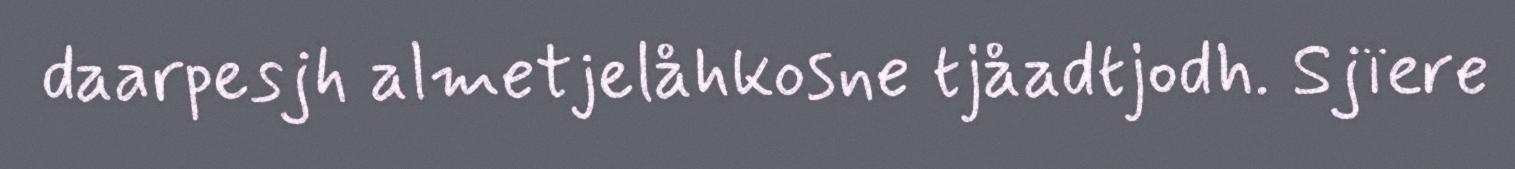
daarpesjh almetjelåhkosne tjåadtjodh. Sjïere